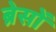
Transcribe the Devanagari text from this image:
ब्रेसों